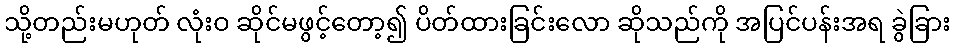
သို့တည်းမဟုတ် လုံးဝ ဆိုင်မဖွင့်တော့၍ ပိတ်ထားခြင်းလော ဆိုသည်ကို အပြင်ပန်းအရ ခွဲခြား